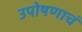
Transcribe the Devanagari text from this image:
उपोषणाचं